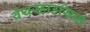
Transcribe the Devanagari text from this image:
वेयरहाउसिस